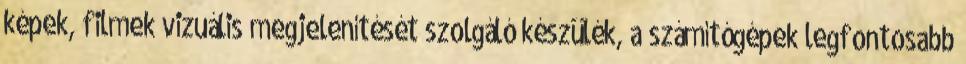
képek, filmek vizuális megjelenítését szolgáló készülék, a számítógépek legfontosabb